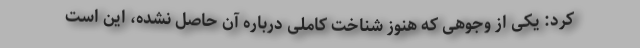
کرد: یکی از وجوهی که هنوز شناخت کاملی درباره آن حاصل نشده، این است